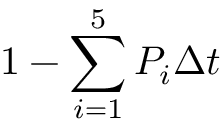
1 - \sum _ { i = 1 } ^ { 5 } P _ { i } \Delta t